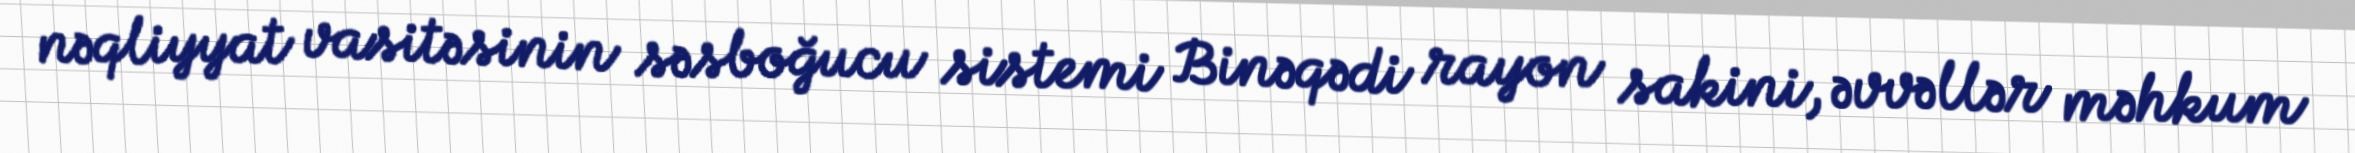
nəqliyyat vasitəsinin səsboğucu sistemi Binəqədi rayon sakini, əvvəllər məhkum